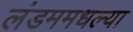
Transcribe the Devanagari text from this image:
लंडममधल्या